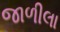
જાળીલા